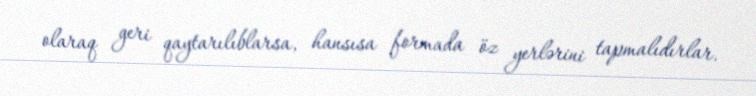
olaraq geri qaytarılıblarsa, hansısa formada öz yerlərini tapmalıdırlar.